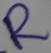
Text: R